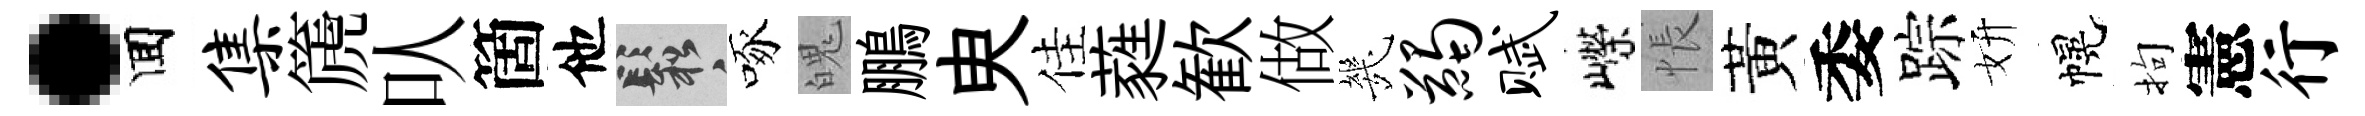
·囬集篪㕥箇他鬆啄魄鵬㬰佳蕤歓做㡬蠲赋嶸悵黃委踪妍幌拘憲行